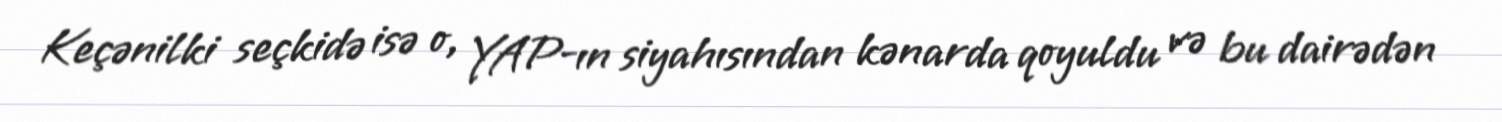
Keçənilki seçkidə isə o, YAP-ın siyahısından kənarda qoyuldu və bu dairədən